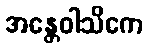
အန္တေဝါသိကေ